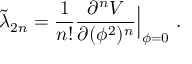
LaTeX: \tilde { \lambda } _ { 2 n } = { \frac { 1 } { n ! } } { \frac { \partial ^ { n } V } { \partial ( \phi ^ { 2 } ) ^ { n } } } \Big | _ { \phi = 0 } \ .